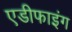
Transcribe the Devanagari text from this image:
एडीफाइंग